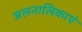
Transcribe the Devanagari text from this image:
जलनालिकाएं